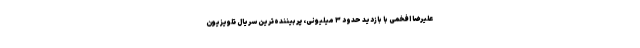
علیرضا افخمی با بازدید حدود ۳ میلیونی، پربیننده‌ترین سریال تلویزیون